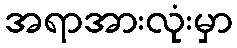
အရာအားလုံးမှာ